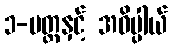
၁-ပတ္တနှင့် အဓိပ္ပါယ်